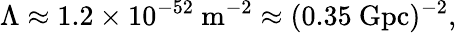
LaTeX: \Lambda\approx 1.2\times 10^{-52}\ \mathrm{m}^{-2}\approx(0.35\ \mathrm{Gpc})^{-2},